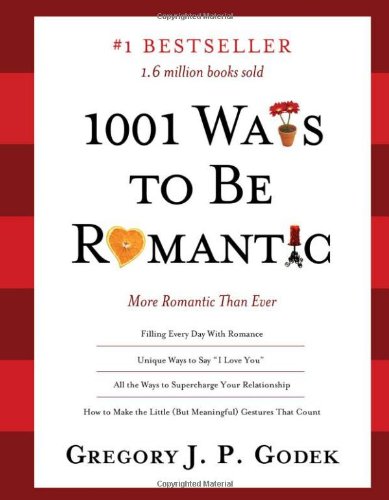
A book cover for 1001 Ways to Be Romantic, 3E: More Romantic Than Ever; Gregory Godek; Self-Help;